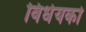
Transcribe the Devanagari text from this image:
विधेयको